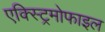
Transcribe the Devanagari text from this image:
एक्स्ट्रिमोफाइल